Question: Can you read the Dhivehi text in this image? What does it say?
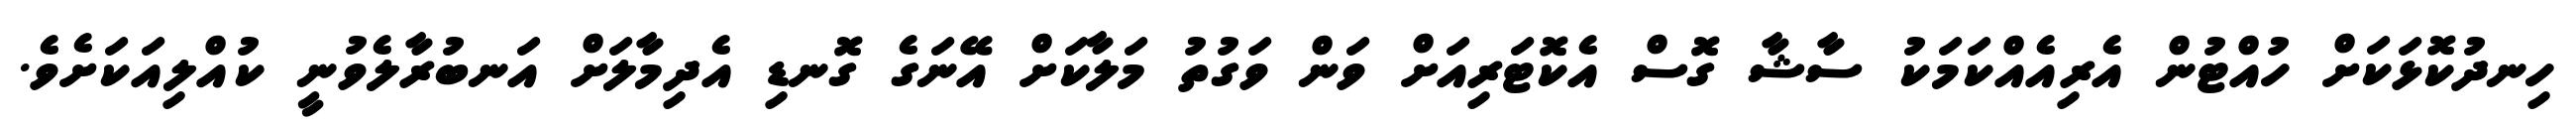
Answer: ހިނދުކޮޅަކަށް ހުއްޓުން އެރިއެއްކަމަކު ސާޝާ ގޮސް އެކޮޓަރިއަށް ވަން ވަގުތު މަލާކަށް އޭނަގެ ގޮނޑި އެދިމާލަށް އަނބުރާލެވުނީ ކުއްލިއަކަށެވެ.